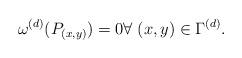
LaTeX: \begin{align*} \omega^{(d)}(P_{(x,y)}) = 0 \forall\;(x,y)\in \Gamma^{(d)}.\end{align*}